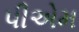
પીએમ